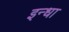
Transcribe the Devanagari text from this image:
इन्धा